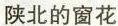
陕北的窗花